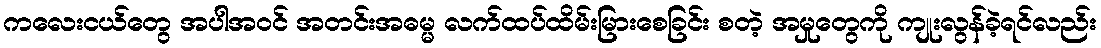
ကလေးငယ်တွေ အပါအဝင် အတင်းအဓမ္မ လက်ထပ်ထိမ်းမြားစေခြင်း စတဲ့ အမှုတွေကို ကျုးလွန်ခဲ့ရင်လည်း